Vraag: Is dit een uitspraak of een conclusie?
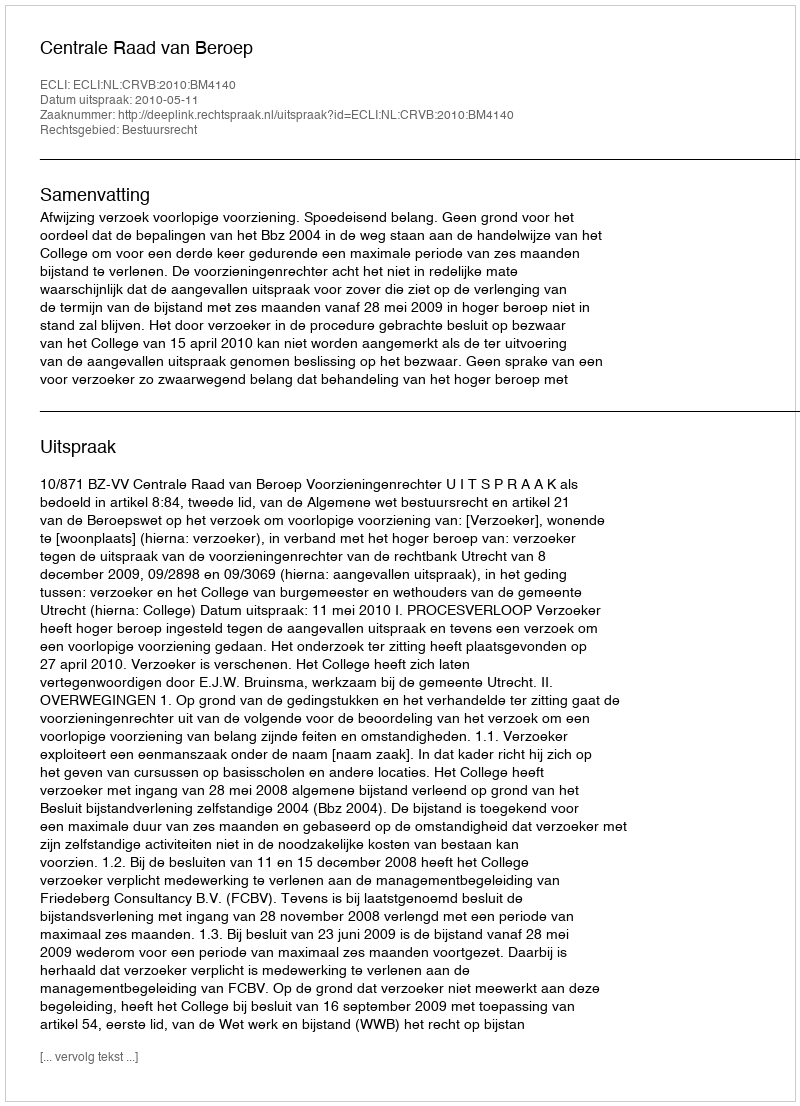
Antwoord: Uitspraak